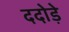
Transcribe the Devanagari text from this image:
ददोड़े